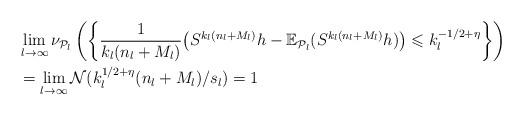
LaTeX: \begin{align*}&\lim_{l\to\infty}\nu_{\mathcal P_l}\left(\bigg\{\frac{1}{k_l(n_l+M_l)}\big(S^{k_l(n_l+M_l)}h -\mathbb{E}_{\mathcal P_{l}}(S^{k_l(n_l+M_l)}h)\big)\leqslant k_l^{-1/2+\eta}\bigg\}\right)\\&=\lim_{l\to\infty} \mathcal N(k_l^{1/2+\eta}(n_l+M_l)/s_l)=1 \end{align*}